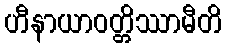
ဟီနာယာဝတ္တိဿာမီတိ